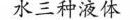
水三种液体